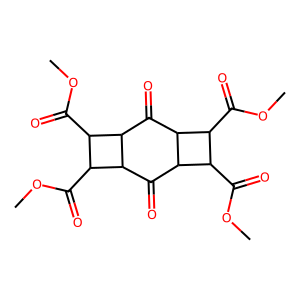
SMILES: COC(=O)C1C(C(=O)OC)C2C(=O)C3C(C(=O)OC)C(C(=O)OC)C3C(=O)C12
Inhibits HIV replication: No